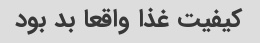
کیفیت غذا واقعا بد بود